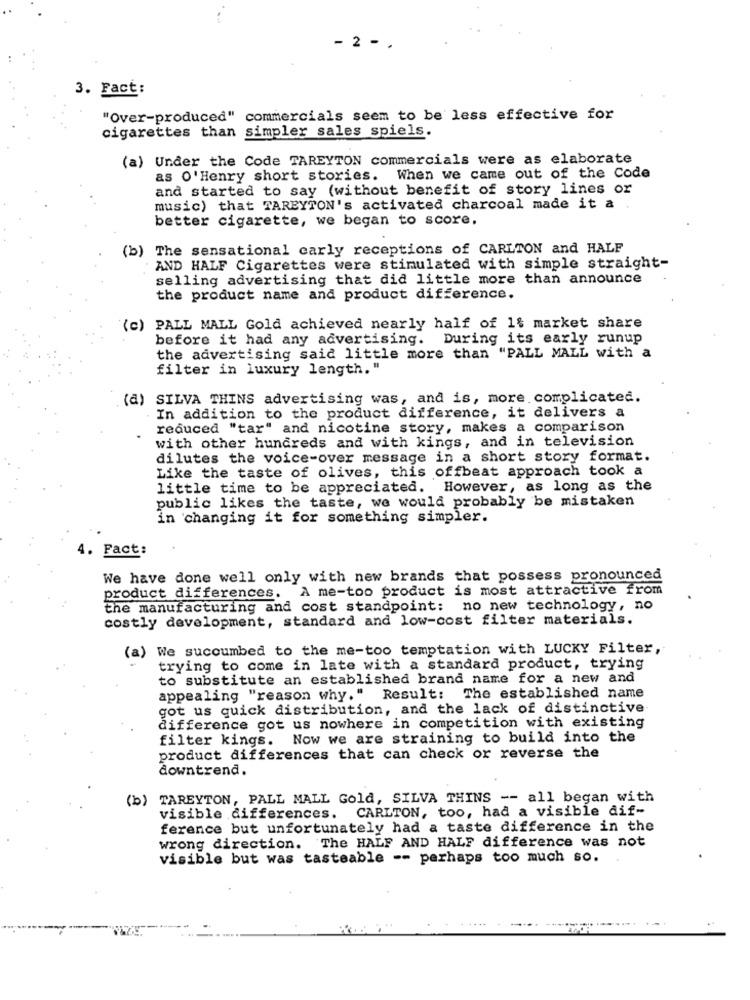
-
2 -
3. Fact:
"Over-produced" commercials seem to be less effective for
cigarettes than simpler sales spiels.
(a) Under the Code TAREYTON commercials were as elaborate
as O'Henry short stories. When we came out of the Code
and started to say (without benefit of story lines or
music) that WAREYTON's activated charcoal made it a
better cigarette, we began to score,
(b)
The sensational carly receptions of CARLTON and HALF
AND HALF Cigarettes were stimulated with simple straight-
selling advertising that did little more than announce
the product name and product difference.
(c) PALL MALL Gold achieved nearly half of 1% market share
before it had any advertising. During its early runup
the advertising said little more than "PALL MALL with a
filter in luxury length."
(a) SILVA THINS advertising was, and is, more complicated.
In addition to the product difference, it delivers a
reduced "tar" and nicotine story, makes a comparison
with other hundreds and with kings, and in television
dilutes the voice-over message in a short story format.
Like the taste of olives, this offbeat approach took a
little time to be appreciated. However, as long as the
public likes the taste, we would probably be mistaken
in 'changing it for something simpler.
4. Fact:
We have done well only with new brands that possess pronounced
product differences. A me-too product is most attractive from
the manufacturing and cost standpoint: no new technology, no
costly development, standard and low-cost filter materials.
(a) We succumbed to the me-too temptation with LUCKY Filter,
trying to come in late with a standard product, trying
to substitute an established brand name for a new and
appealing "reason why." Result:
The established name
got us quick distribution, and the lack of distinctive
difference got us nowhere in competition with existing
filter kings.
Now we are straining to build into the
product differences that can check or reverse the
downtrend.
(b) TAREYTON, PALL MALL Gold, SILVA THINS -- all began with
CARLTON, too, had a visible dif-
visible differences.
ference but unfortunately had a taste difference in the
wrong direction. The HALF AND HALF difference was not
visible but was tasteable -- perhaps too much so.